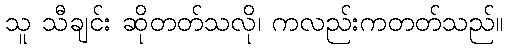
သူ သီချင်း ဆိုတတ်သလို၊ ကလည်းကတတ်သည်။